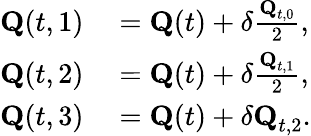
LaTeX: \begin{array}{rl}{\textbf{Q}(t,{1})}&{{}=\textbf{Q}(t)+\delta\frac{\textbf{Q}_{t,0}}{2},}\\ {\textbf{Q}(t,{2})}&{{}=\textbf{Q}(t)+\delta\frac{\textbf{Q}_{t,1}}{2},}\\ {\textbf{Q}(t,{3})}&{{}=\textbf{Q}(t)+\delta\textbf{Q}_{t,2}.}\end{array}